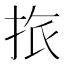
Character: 𢬜